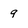
Character: 9